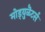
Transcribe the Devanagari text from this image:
मोड्य़ुळॆटर्स